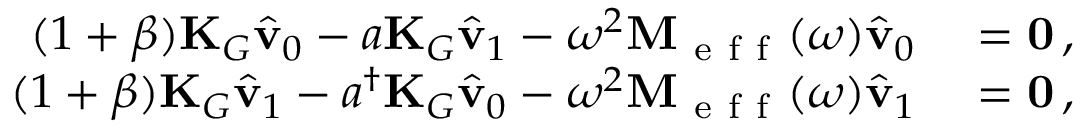
\begin{array} { r l } { ( 1 + \beta ) \mathbf { K } _ { G } \hat { \mathbf { v } } _ { 0 } - a \mathbf { K } _ { G } \hat { \mathbf { v } } _ { 1 } - \omega ^ { 2 } \mathbf { M } _ { \mathrm { ~ e ~ f ~ f ~ } } ( \omega ) \hat { \mathbf { v } } _ { 0 } } & { { } = \mathbf { 0 } \, , } \\ { ( 1 + \beta ) \mathbf { K } _ { G } \hat { \mathbf { v } } _ { 1 } - a ^ { \dagger } \mathbf { K } _ { G } \hat { \mathbf { v } } _ { 0 } - \omega ^ { 2 } \mathbf { M } _ { \mathrm { ~ e ~ f ~ f ~ } } ( \omega ) \hat { \mathbf { v } } _ { 1 } } & { { } = \mathbf { 0 } \, , } \end{array}